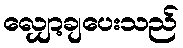
လျှော့ချပေးသည်